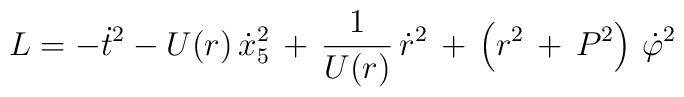
L = - {\dot t}^{2} - U(r) \,{\dot x_{5}}^{2} \,+\, \frac{1}{U(r)} \,{\dot r}^{2} \,+\, \left(r^{2} \,+\, P^{2}\right) \,{\dot \varphi}^{2}